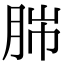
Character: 𦛎